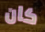
كان